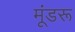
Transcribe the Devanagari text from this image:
मूंडरू